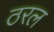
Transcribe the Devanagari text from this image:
ठरल